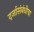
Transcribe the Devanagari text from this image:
दर्जासंबंधीचा